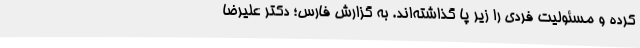
کرده‌ و مسئولیت فردی را زیر پا گذاشته‌اند. به گزارش فارس؛ دکتر علیرضا